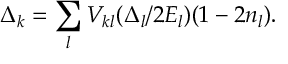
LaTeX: \Delta _ { k } = \sum _ { l } V _ { k l } ( \Delta _ { l } / 2 E _ { l } ) ( 1 - 2 n _ { l } ) .